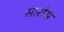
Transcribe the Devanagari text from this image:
सारोस